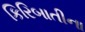
કિરિબાતીના